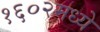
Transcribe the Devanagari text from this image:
१६०२मध्ये